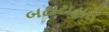
બટાટાહારી